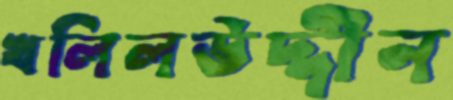
খলিলউদ্দীন